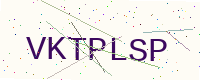
Text: VKTPLSP